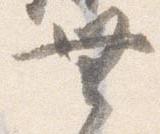
無